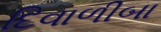
દિવાળીબા